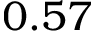
0 . 5 7